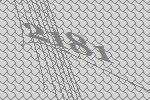
2181